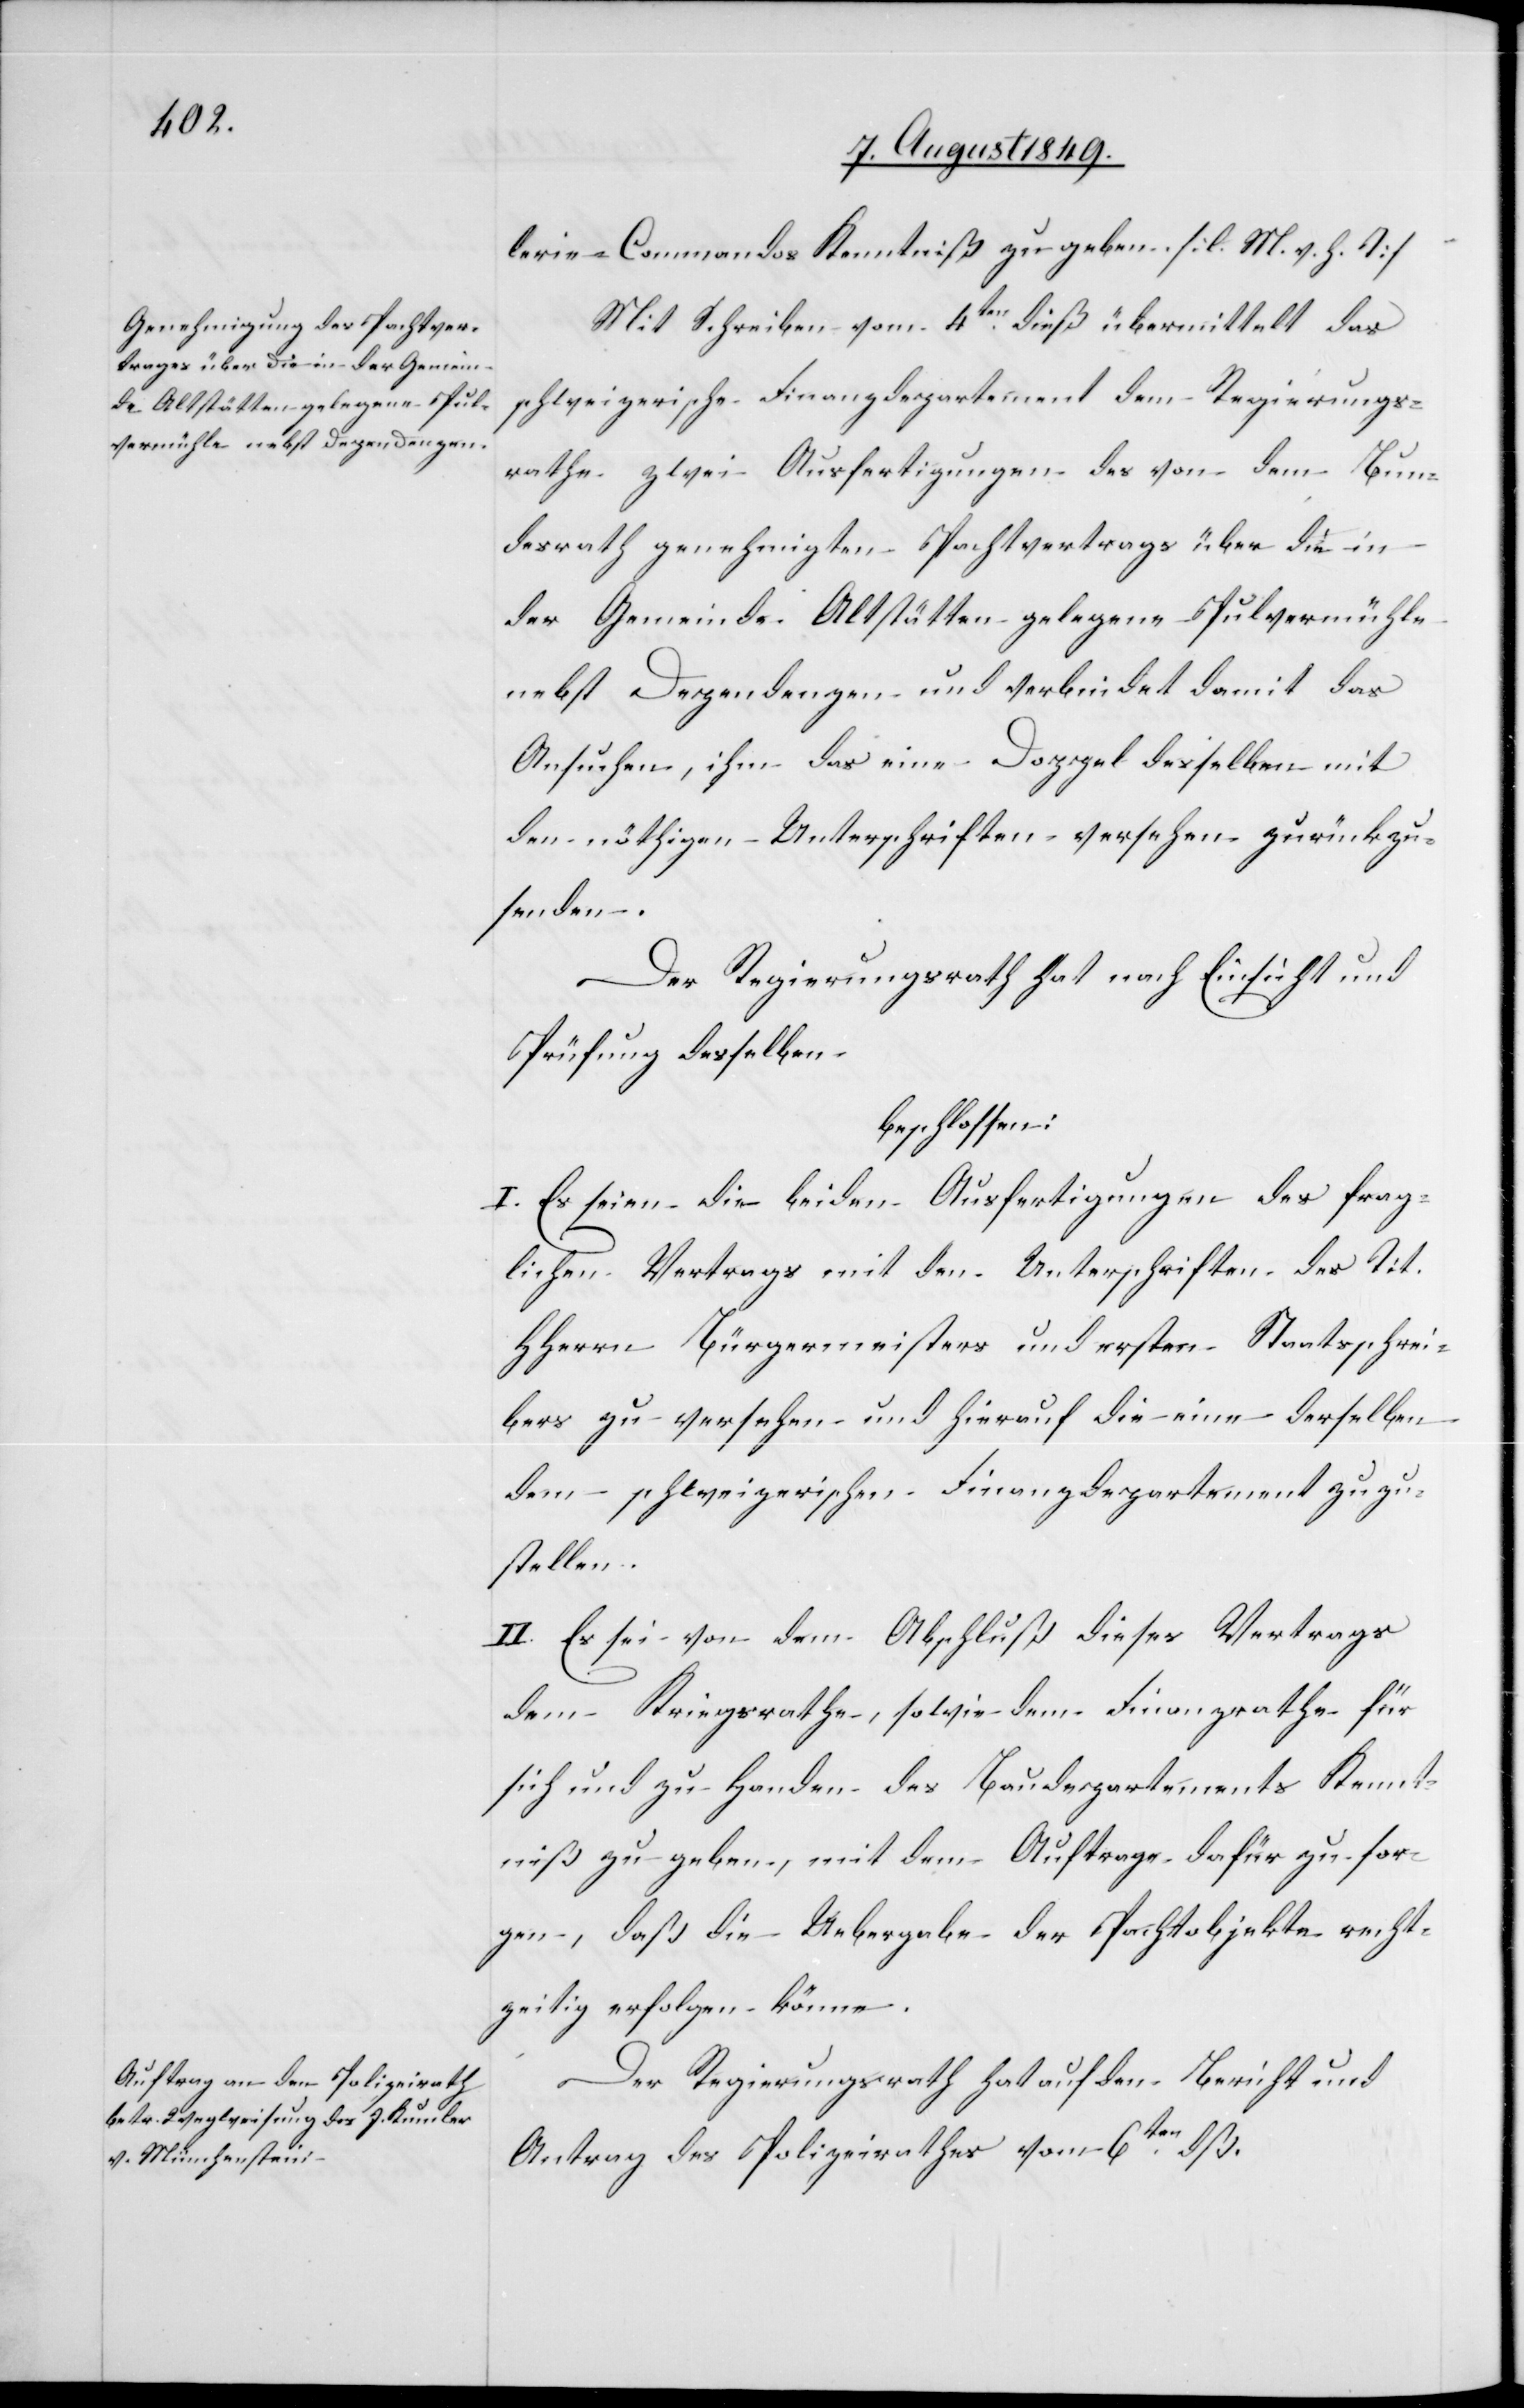
lerie-Commandos Kenntniß zu geben. [l. M. h. T]
Mit Schreiben vom 4ten dieß übermittelt das
schweizerische Finanzdepartement dem Regierungs¬
rath zwei Ausfertigungen des von dem Bun¬
desrath genehmigten Pachtvertrags über die in
der Gemeinde Altstätten gelegene Pulvermühle
nebst Dependenzen und verbindet damit das
Ansuchen, ihm das eine Doppel desselben mit
den nöthigen Unterschriften versehen zurückzu¬
senden.
Der Regierungsrath hat nach Einsicht und
Prüfung desselben
beschlossen:
I. Es seien die beiden Ausfertigungen des frag¬
lichen Vertrags mit den Unterschriften des Tit.
HHerrn Bürgermeisters und ersten Staatsschrei¬
bers zu versehen und hierauf die eine derselben
dem schweizerischen Finanzdepartement zuzu¬
stellen.
II. Es sei von dem Abschluß dieses Vertrages
dem Kriegsrathe, sowie dem Finanzrathe für
sich und zu Handen des Baudepartements Kennt¬
niß zu geben, mit dem Auftrage dafür zu sor¬
gen, daß die Uebergabe der Pachtobjekte recht¬
zeitig erfolgen könne.
Der Regierungsrath hat auf den Bericht und
Antrag des Polizeirathes vom 6ten dß.